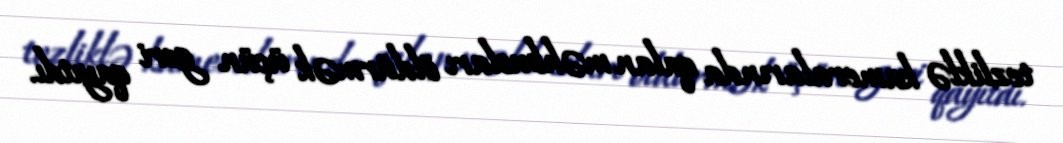
tezliklə kameralarında qalan məhbusları öldürmək üçün geri qayıtdı.